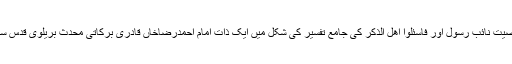
ایسی ہی ایک شخصیت نائبِ رسول اور فاسئلوا اھل الذکر کی جامع تفسیر کی شکل میں ایک ذات امام احمدرضاخاں قادری برکاتی محدث بریلوی قدس سرہٗ العزیز کی ہے۔